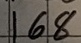
Text: 168